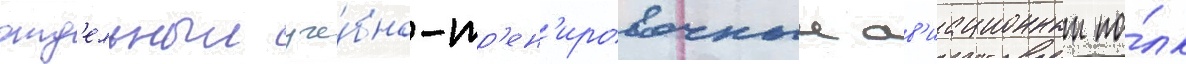
отд'ельныи уче́бно-тр'ен'ировочныи ав'иационныи по́лк